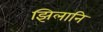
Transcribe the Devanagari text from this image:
झिलानि